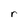
Character: r